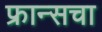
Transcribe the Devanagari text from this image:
फ्रान्‍सचा